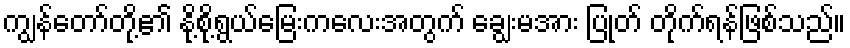
ကျွန်တော်တို့၏ နို့စို့ရွယ်မြေးကလေးအတွက် ချွေးမအား ပြုတ် တိုက်ရန်ဖြစ်သည်။